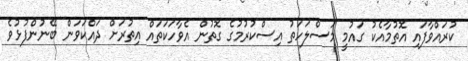
ކުރައްވާފައި އޮތުމާއެކު ގައުމީ މަސްލަހަތު އިސްކުރުމުގެ ގޮތުން އެވާހަކަތައް އިތުރަށް ދައްކަވަން ބޭނުންފުޅުވެ